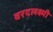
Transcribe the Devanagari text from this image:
वरदलक्ष्मी